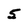
Character: 5